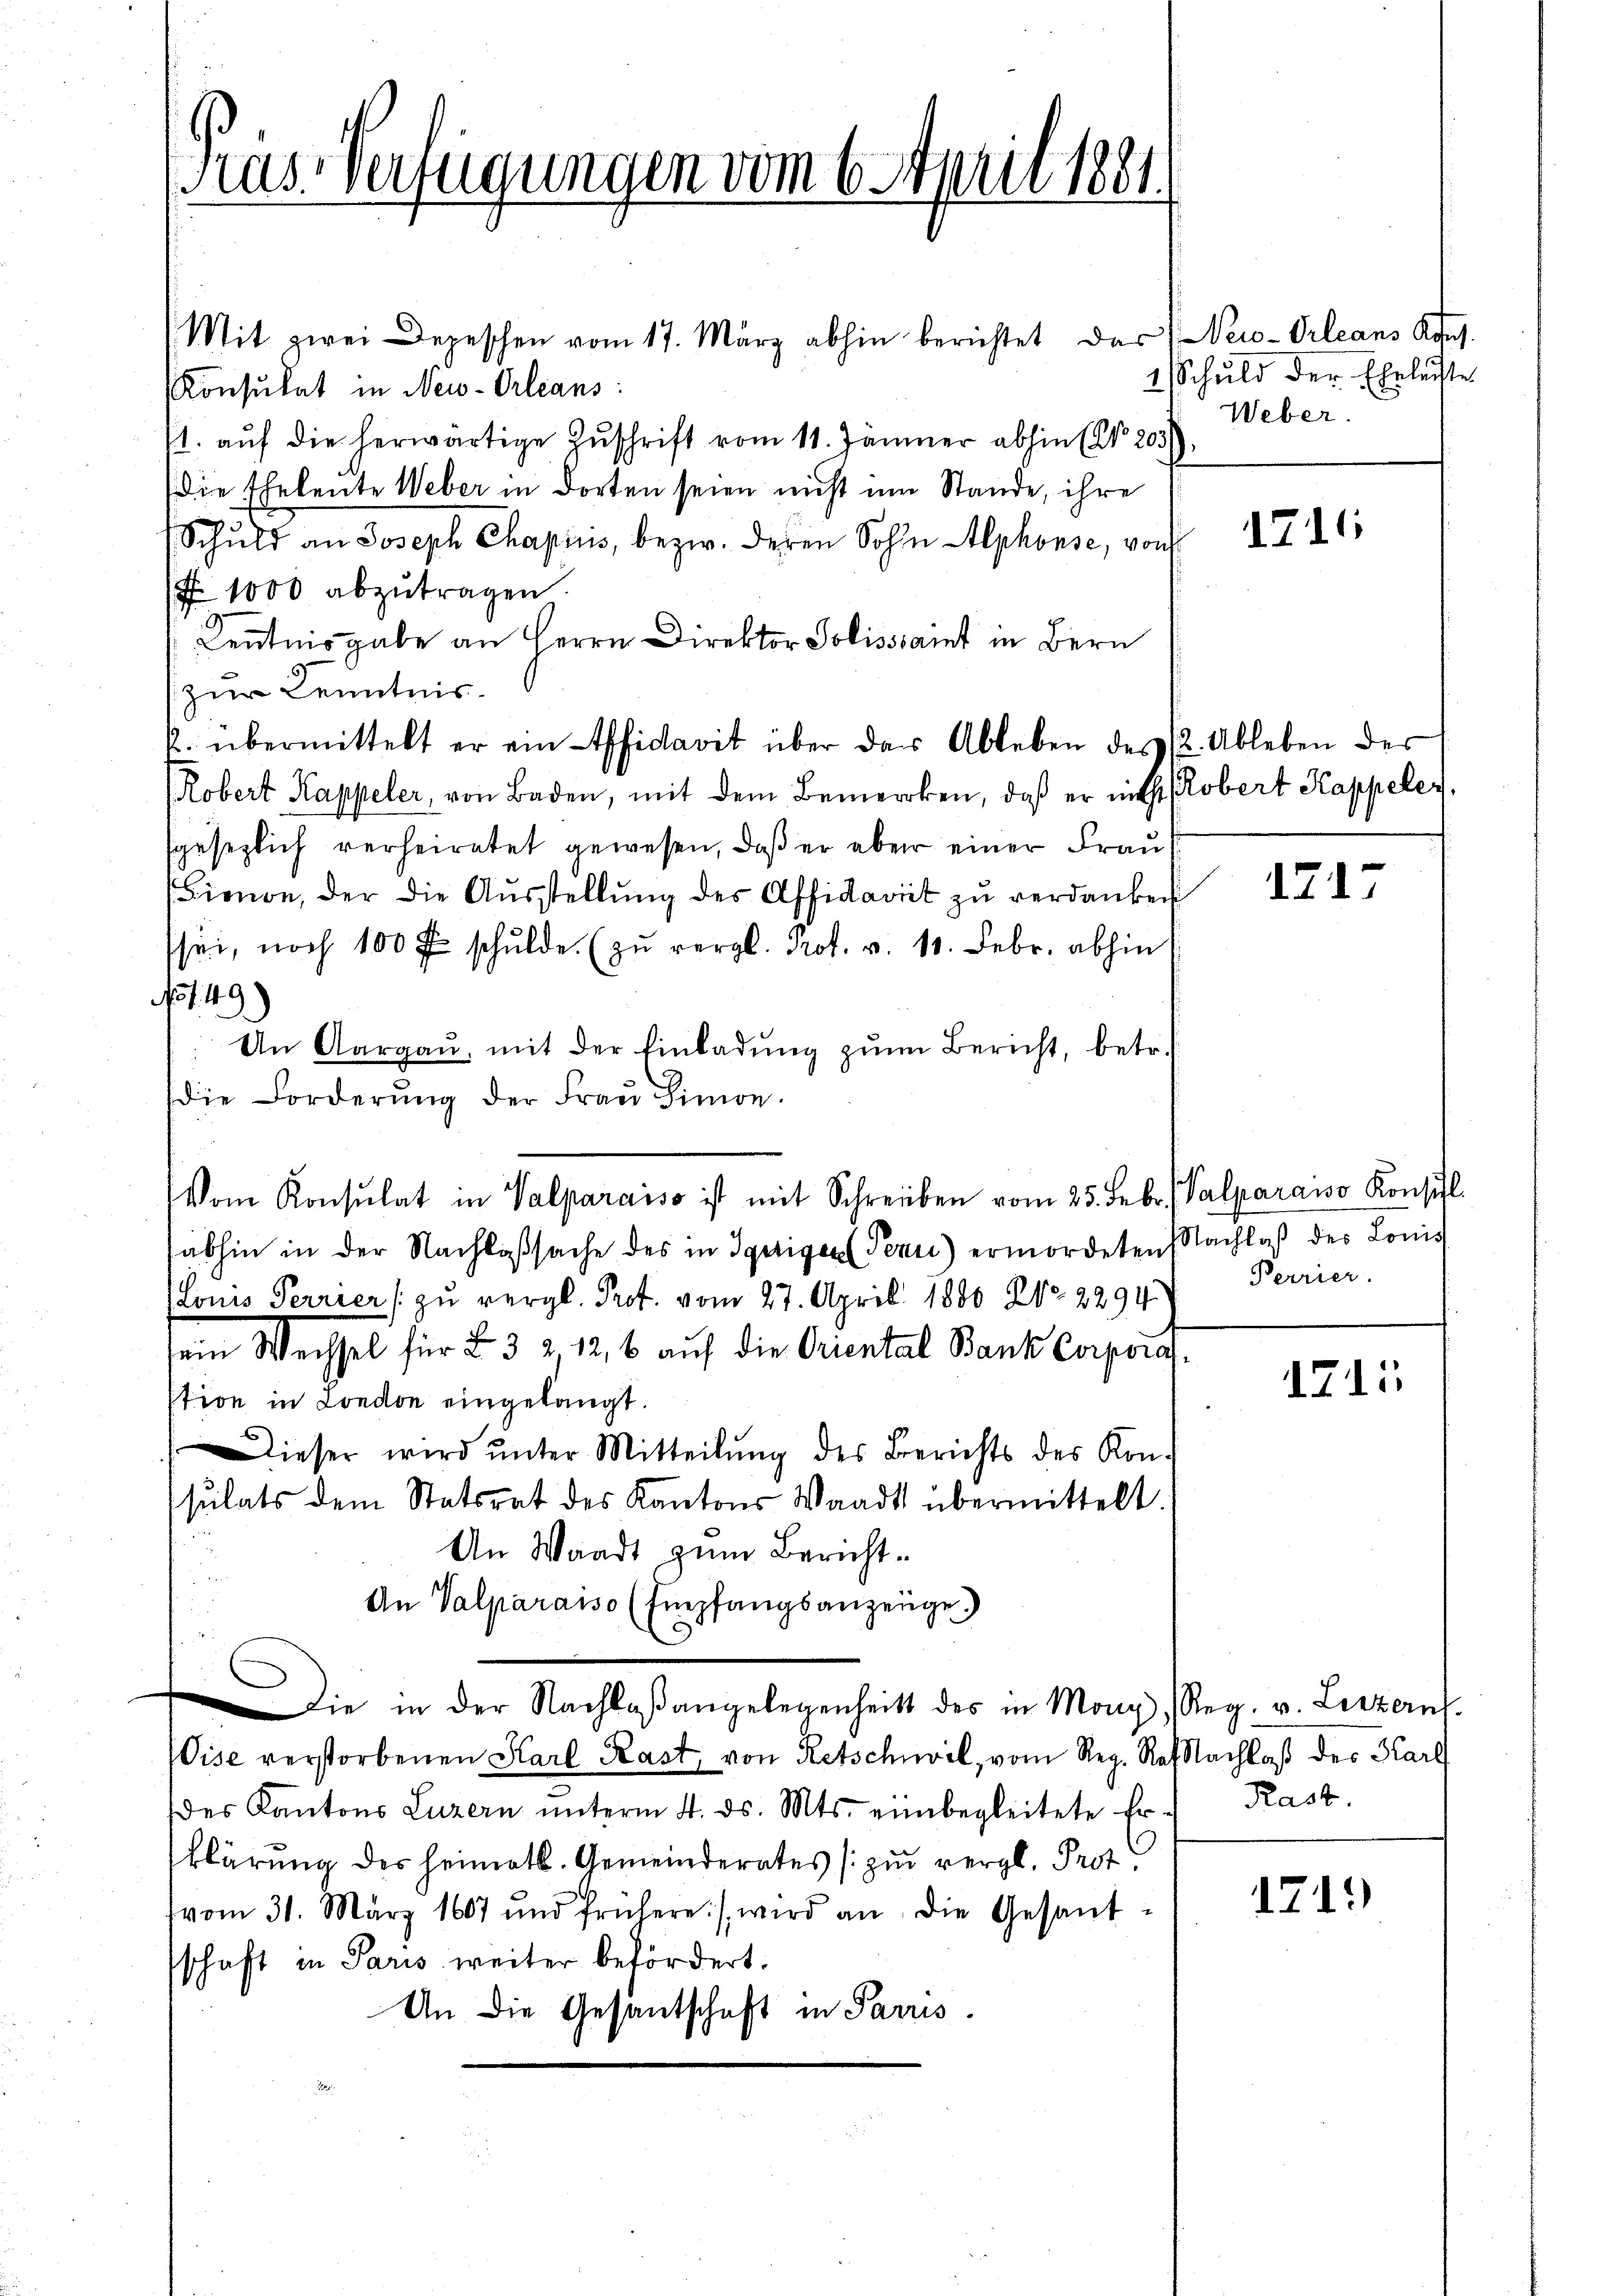
as Verfügungen vom 6. April 1881.

Mit zwei Depeschen vom 17. März abhin berichtet das New-Orleans Kons.
Konsulat in New-Orleans
/1. auf die herwärtige Zuschrift vom 11. Jänner abhin (No. 203.
die Eheleute Weber in dorten seien nicht um Stande, ihre
Schuld an Joseph Chapiis, bezw. deren Sohn Alphonse, von
N 1000 abzutragen.
17.
Kenntnisgabe an Herrn Direktor Polissaint in Bern
zur Kenntnis.
k. übermittelt er ein Affidavit über der Ableben des 2. Ableben des
Robert Kappeler, von Baden, mit dem Bemercken, daß er nicht Robert Kappeler,
sgesezlich verheiratet gewesen, daß er aber einer Frau!
Bienen, der die Aŭsstellung des Affidavit zu verdanken
/sei, noch 100 f schŭlde. (zŭ vergl. Prot. v. 10. Febr. abhin
No 149)
An Aargaŭ, mit der Einladŭng zŭm Bericht, betr.
die Forderŭng der Fraŭ Simon
sabhin in der Nachlaßsache des in Igeiger Penn) ermordeten Nachlaβ des Lonis
Lonis Perrier (zu vergl. Prot. vom 27. April 1880 No 2294
sein Wechsel für L 3 212, 6 auf die Oriental Bank Corpora-
stion in London eingelangt.
Dieser wird ŭnter Mitteilŭng des Berichts des Kon-
sulats dem Statsrat des Kantons Waadt übermittelt.
An Waadt zum Bericht.
An Valparaiso (Empfangsanzeige
Die in der Nachlaßangelegenheits des in Mong, Reg. v. Luzern.
Vise verstorbenen Karl Kast, von Retschwil, vom Reg. Rat Nachlaß des Karl
des Kantons Luzern ŭnterm 4. ds. Mts. einbegleitete Er. Kast
klärŭng des Heimatl. Gemeinderates zŭ vergl. Prot.
vom 31. März 1807 und frühere), wird an die Gesant-
schaft in Paris weiter befördert.
An die Gesantschaft in Parris

Vom Konsulat in Valparaiso ist mit Schreiben vom 25. Febr. Valparawo Konsil

2 Schuld der Eheleiste
Weber.

1716

1717

Perrier.

1711.

1719